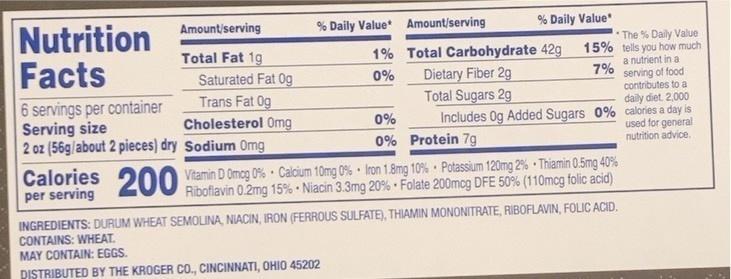
Nutrition Facts
Amount/serving
% Daily Value* Amount/serving
% Daily Value*
1% Total Carbohydrate 42g
The % Daily Value 15% tells you how much
Total Fat 1g
a nutrient in a
Dietary Fiber 2g Total Sugars 2g
7%
Saturated Fat 0g Trans Fat Og Cholesterol Omg 2 oz (56g/about 2 pieces) dry Sodium Omg
0%
serving of food contributes to a daily diet. 2,000
6 servings per container Serving size
Includes Og Added Sugars 0% calories a day is used for general nutrition advice.
0%
0% Protein 7g
Calories 200
0 Vitamin D Omog 0% - Calcium 10mg 0% Iron 1.8mg 10% Potassium 120mg 2% • Thiamin 0.5mg 40% Riboflavin 0.2mg 15% • Niacin 3.3mg 20% Folate 200mcg DFE 50% (110mcg folic acid)
per serving
INGREDIENTS: DURUM WHEAT SEMOLINA, NIACIN, IRON (FERROUS SULFATE), THIAMIN MONONITRATE, RIBOFLAVIN, FOLIC ACID. CONTAINS: WHEAT. MAY CONTAIN: EGGS.
DISTRIBUTED BY THE KROGER CO., CINCINNATI, OHIO 45202